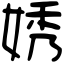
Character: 㛢